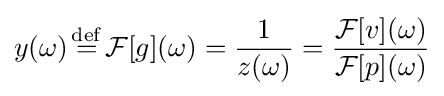
y(\omega ){\stackrel {\mathrm {def} }{{}={}}}{\mathcal {F}}[g](\omega )={\frac {1}{z(\omega )}}={\frac {{\mathcal {F}}[v](\omega )}{{\mathcal {F}}[p](\omega )}}